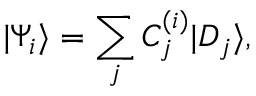
| \Psi _ { i } \rangle = \sum _ { j } C _ { j } ^ { ( i ) } | D _ { j } \rangle ,